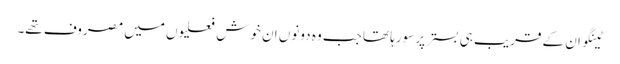
ٹینگو ان کے قریب ہی بستر پر سورہا تھا جب وہ دونوں ان خوش فعلیوں میں مصروف تھے۔